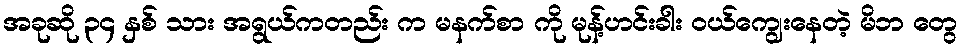
အခုဆို ၃၄ နှစ် သား အရွယ်ကတည်း က မနက်စာ ကို မုန့်ဟင်းခါး ဝယ်ကျွေးနေတဲ့ မိဘ တွေ